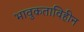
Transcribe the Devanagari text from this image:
भावुकताविहीन